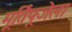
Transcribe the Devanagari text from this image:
मूर्तिपूजेला